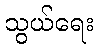
သွယ်ရေး